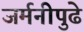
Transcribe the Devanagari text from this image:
जर्मनीपुढे